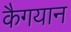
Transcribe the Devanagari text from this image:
कैगयान